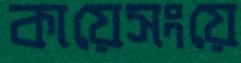
কায়েসংয়ে